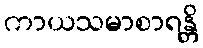
ကာယသမာစာရန္တိ